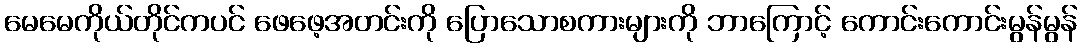
မေမေကိုယ်တိုင်ကပင် ဖေဖေ့အတင်းကို ပြောသောစကားများကို ဘာကြောင့် ကောင်းကောင်းမွန်မွန်